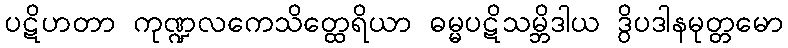
ပဋိဟတာ ကုဏ္ဍလကေသိတ္ထေရိယာ ဓမ္မပဋိသမ္ဘိဒါယ ဒွိပဒါနမုတ္တမော